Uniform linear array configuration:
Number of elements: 48
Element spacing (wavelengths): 0.25
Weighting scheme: binomial
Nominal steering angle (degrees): -30
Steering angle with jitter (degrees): -30.159
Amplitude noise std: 0.05
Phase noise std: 0.05

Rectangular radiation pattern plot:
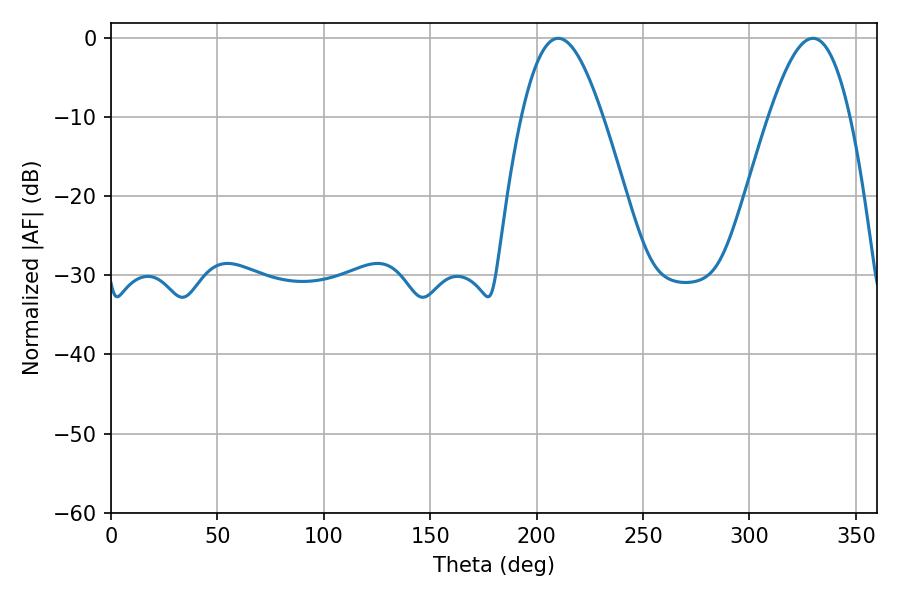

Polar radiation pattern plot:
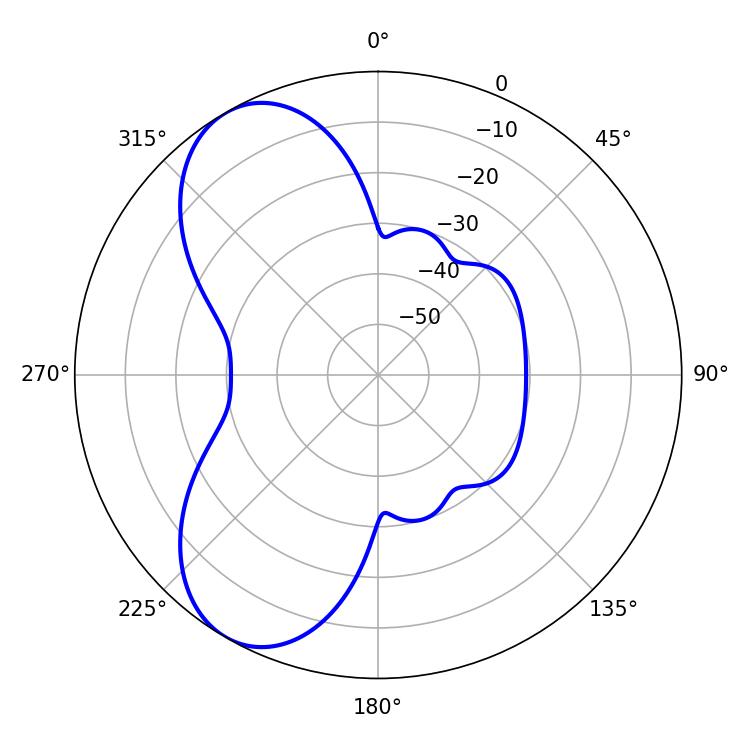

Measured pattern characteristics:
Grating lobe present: FALSE
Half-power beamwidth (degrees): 20.7
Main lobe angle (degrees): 210.24